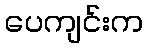
ပေကျင်းက